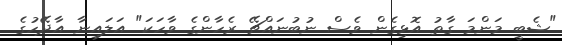
"ޝެބީ މަންމަ ގާތު އޮޅިގެން ވެސް ނުބުނައްޗޭ ރެހާންގެ ވާހަކަ" އަލައިނާ އާދޭހުގެ